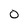
Character: 0